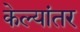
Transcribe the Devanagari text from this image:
केल्यांतर